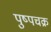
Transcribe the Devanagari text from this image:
पुष्पचक्र